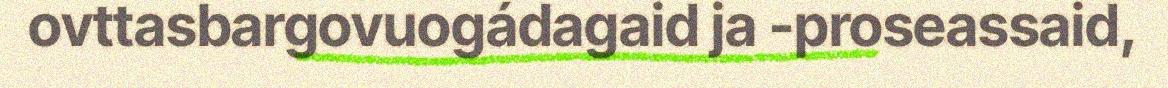
ovttasbargovuogádagaid ja -proseassaid,